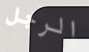
الرجل